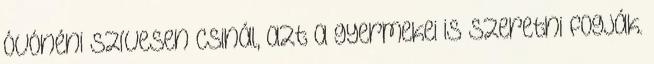
óvónéni szívesen csinál, azt a gyermekei is szeretni fogják.